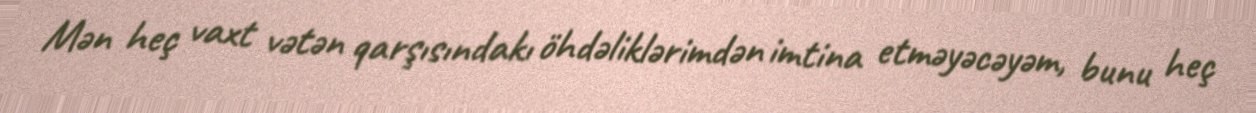
Mən heç vaxt vətən qarşısındakı öhdəliklərimdən imtina etməyəcəyəm, bunu heç